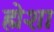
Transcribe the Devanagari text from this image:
ह्मेशा